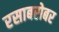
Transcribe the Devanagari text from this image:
रसाबरोबर